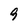
Character: 9